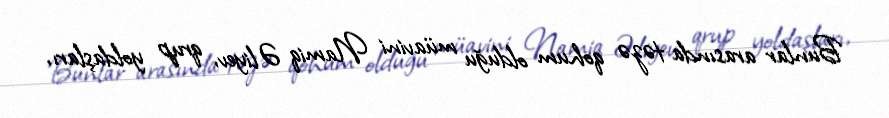
Bunlar arasında təzə qohum olduğu müavini Namiq Əliyev, qrup yoldaşları,